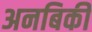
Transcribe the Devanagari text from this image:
अनबिकी